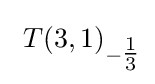
\ T(3,1)_{-{\tfrac {1}{3}}}